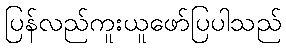
ပြန်လည်ကူးယူဖော်ပြပါသည်